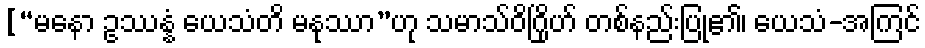
[“မနော ဥဿန္နံ ယေသံတိ မနုဿာ”ဟု သမာသ်ဝိဂြိုဟ် တစ်နည်းပြု၏၊ ယေသံ-အကြင်